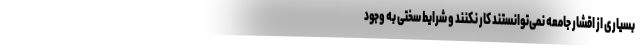
بسیاری از اقشار جامعه نمی‌توانستند کار نکنند و شرایط سختی به وجود